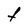
Character: t